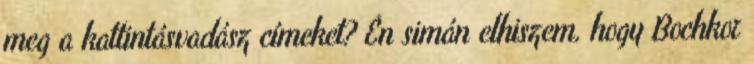
meg a kattintásvadász címeket? Én simán elhiszem, hogy Bochkor